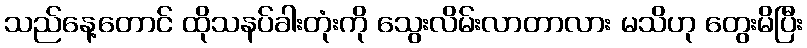
သည်နေ့တောင် ထိုသနပ်ခါးတုံးကို သွေးလိမ်းလာတာလား မသိဟု တွေးမိပြီး